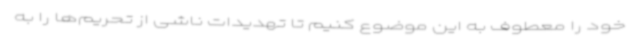
خود را معطوف به این موضوع کنیم تا تهدیدات ناشی از تحریم‌ها را به